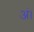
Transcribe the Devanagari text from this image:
अं।